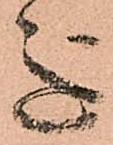
意